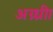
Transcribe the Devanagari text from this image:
अग्न्ध्रीा